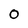
Character: O